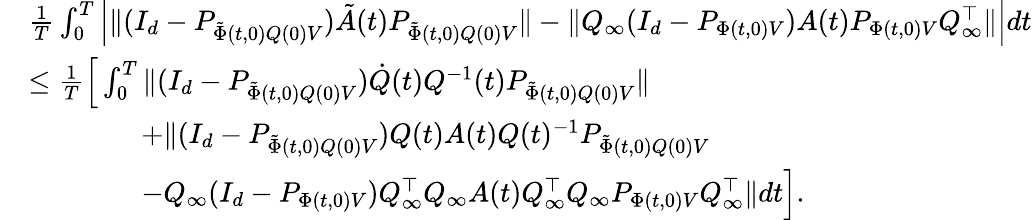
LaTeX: \begin{array}{rl}&{\frac{1}{T}\int_{0}^{T}\Big|\| (I_{d}-P_{\tilde{\Phi}(t,0)Q(0)V})\tilde{A}(t)P_{\tilde{\Phi}(t,0)Q(0)V}\| -\| Q_{\infty}(I_{d}-P_{\Phi(t,0)V})A(t)P_{\Phi(t,0)V}Q_{\infty}^{\top}\| \Big|dt}\\ &{\le\frac{1}{T}\Big[\int_{0}^{T}\| (I_{d}-P_{\tilde{\Phi}(t,0)Q(0)V})\dot{Q}(t)Q^{-1}(t)P_{\tilde{\Phi}(t,0)Q(0)V}\| }\\ &{\qquad\qquad+\| (I_{d}-P_{\tilde{\Phi}(t,0)Q(0)V})Q(t)A(t)Q(t)^{-1}P_{\tilde{\Phi}(t,0)Q(0)V}}\\ &{\qquad\qquad-Q_{\infty}(I_{d}-P_{\Phi(t,0)V})Q_{\infty}^{\top}Q_{\infty}A(t)Q_{\infty}^{\top}Q_{\infty}P_{\Phi(t,0)V}Q_{\infty}^{\top}\| dt\Big].}\end{array}